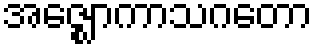
အဇ္ဈောကာသဂတော